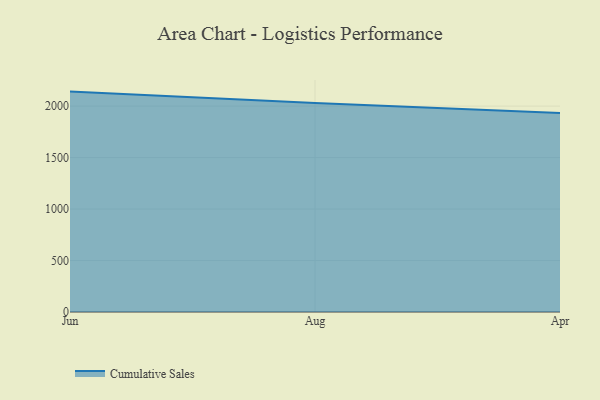
{"axis": {"x": "Month", "y": "Churn Rate (%)"}, "legend": ["Cumulative Sales"], "data": [{"x": "Jun", "y": 2141.0, "type": "Cumulative Sales"}, {"x": "Aug", "y": 2031.1, "type": "Cumulative Sales"}, {"x": "Apr", "y": 1932.6, "type": "Cumulative Sales"}]}